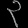
Digit: ၃